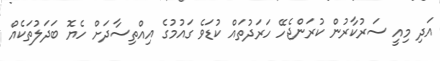
އަދި މިއީ ސަރުކާރުން ކުރަންޖެހޭ ހަރަދުތައް ކުޑަވެ ގައުމުގެ އިއްތިސާދަށް ހެޔޮ ބަދަލުތަކެއް